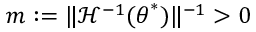
m : = \lVert \mathcal { H } ^ { - 1 } ( { \boldsymbol { \theta } } ^ { * } ) \rVert ^ { - 1 } > 0